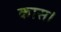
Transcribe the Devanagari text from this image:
कास।